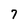
Character: 7